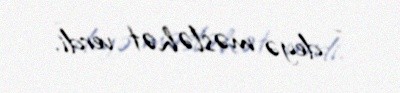
- deyə məsləhət verdi.